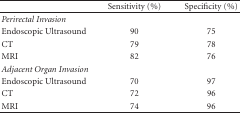
<table><thead><tr><td></td><td><b>Sensitivity (%)</b></td><td><b>Specificity (%)</b></td></tr></thead><tbody><tr><td><i>Perirectal Invasion</i></td><td></td><td></td></tr><tr><td>Endoscopic Ultrasound</td><td>90</td><td>75</td></tr><tr><td>CT</td><td>79</td><td>78</td></tr><tr><td>MRI</td><td>82</td><td>76</td></tr><tr><td><i>Adjacent Organ Invasion</i></td><td></td><td></td></tr><tr><td>Endoscopic Ultrasound</td><td>70</td><td>97</td></tr><tr><td>CT</td><td>72</td><td>96</td></tr><tr><td>MRI</td><td>74</td><td>96</td></tr></tbody></table>